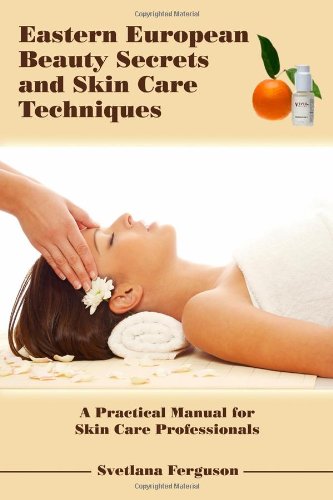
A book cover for Eastern European Beauty Secrets and Skin Care Techniques; Svetlana Ferguson; Health, Fitness & Dieting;